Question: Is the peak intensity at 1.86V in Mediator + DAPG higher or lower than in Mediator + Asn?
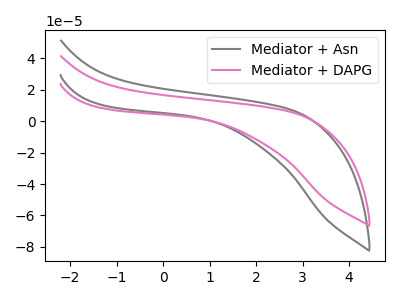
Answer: <think>The gray curve "Mediator + Asn" has no peaks. The pink curve "Mediator + DAPG" has no peaks.</think>
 <answer>"Mediator + DAPG" and "Mediator + Asn" dont share a peak at 1.86V.</answer>
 <eval>mismatch</eval>